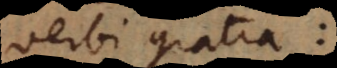
verbi gratia: